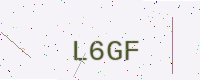
Text: L6GF